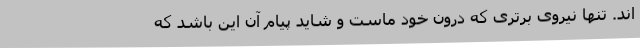
اند. تنها نیروی برتری که درون خود ماست و شاید پیام آن این باشد که